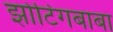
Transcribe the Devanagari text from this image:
झोटिंगबाबा